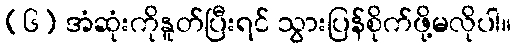
(၆) အံဆုံးကိုနူတ်ပြီးရင် သွားပြန်စိုက်ဖို့မလိုပါ။